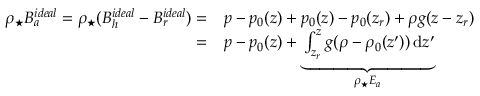
\begin{array} { r l } { \rho _ { \star } B _ { a } ^ { i d e a l } = \rho _ { \star } ( B _ { h } ^ { i d e a l } - B _ { r } ^ { i d e a l } ) = } & { { } p - p _ { 0 } ( z ) + p _ { 0 } ( z ) - p _ { 0 } ( z _ { r } ) + \rho g ( z - z _ { r } ) } \\ { = } & { { } p - p _ { 0 } ( z ) + \underbrace { \int _ { z _ { r } } ^ { z } g ( \rho - \rho _ { 0 } ( z ^ { \prime } ) ) \, \mathrm { d } z ^ { \prime } } _ { \rho _ { \star } E _ { a } } } \end{array}